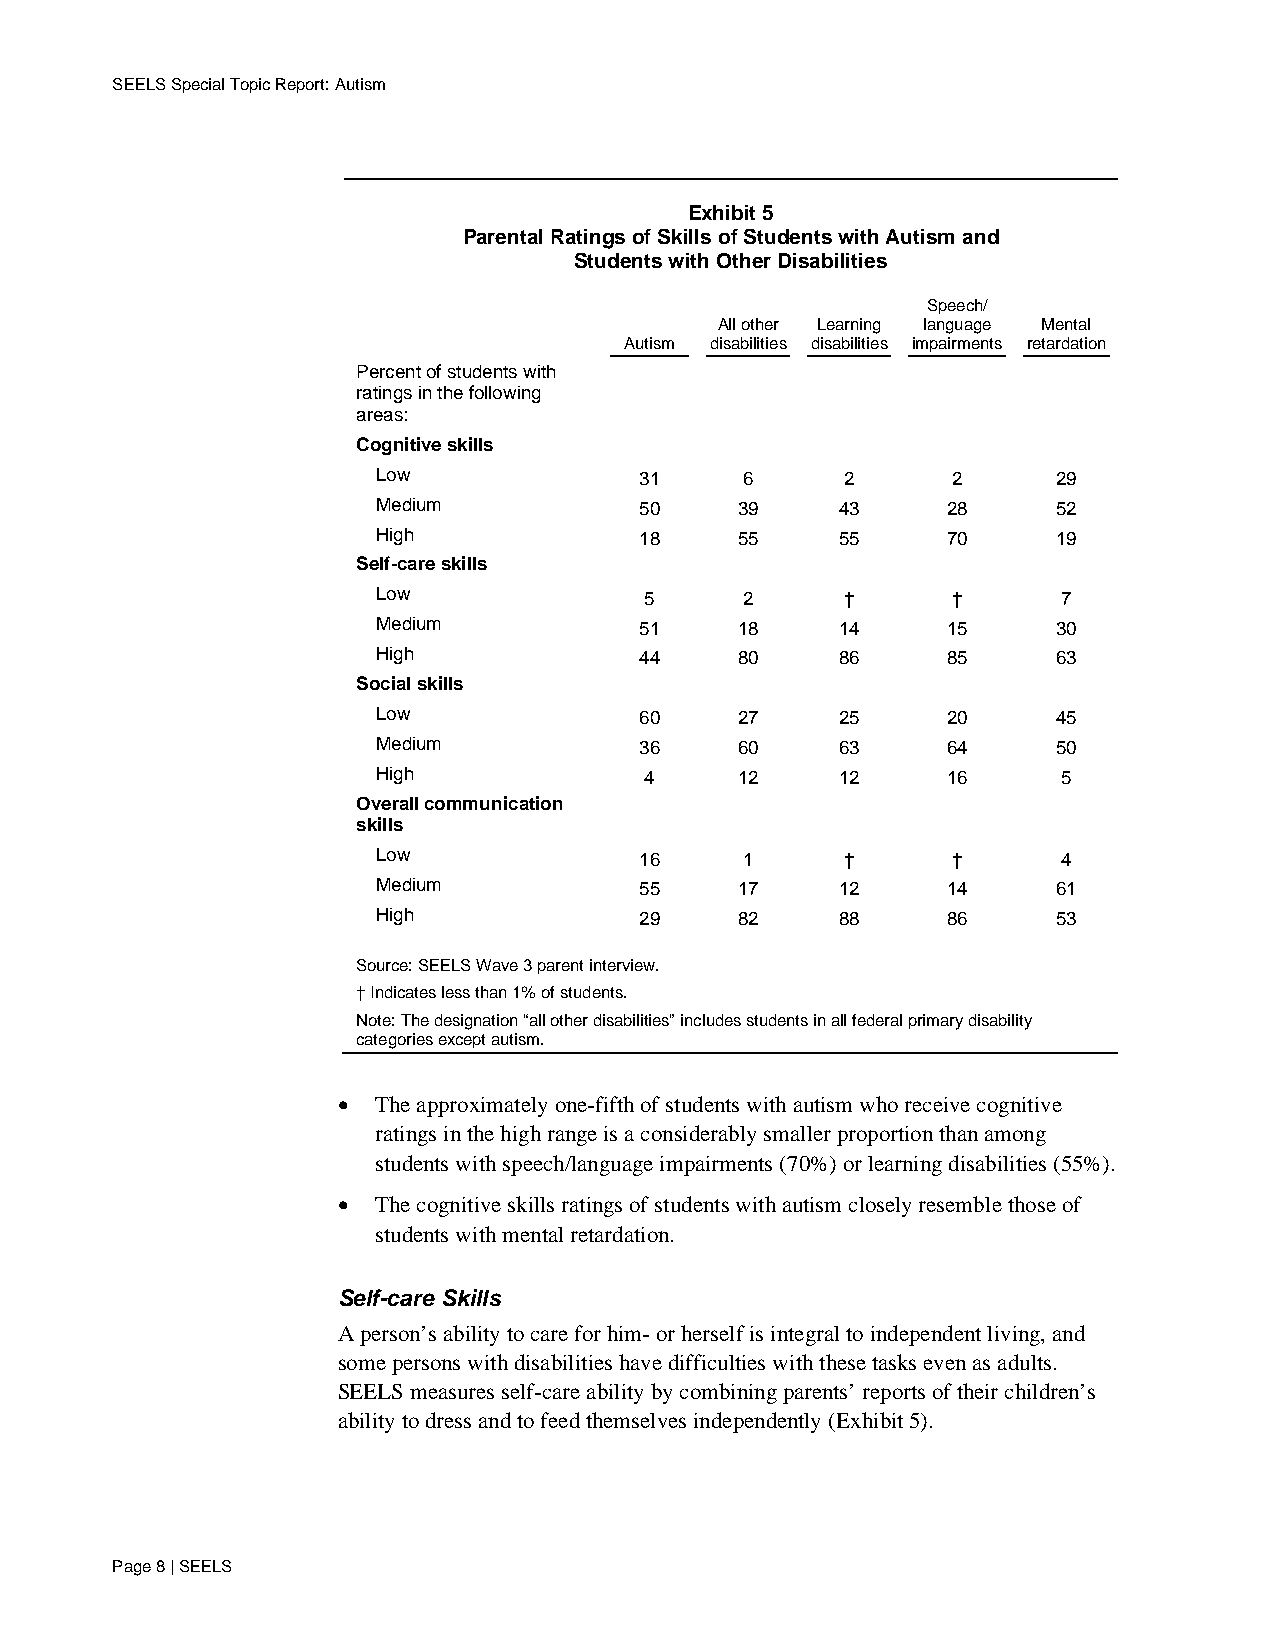
SEELS Special Topic Report: Autism
 Exhibit 5
 Parental Ratings of Skills of Students with Autism and
 Students with Other Disabilities
 Speech/
 All other Learning language Mental
 Autism disabilities disabilities impairments retardation
 Percent of students with
 ratings in the following
 areas:
 Cognitive skills
 Low              31     6      2      2      29
 Medium           50     39     43     28     52
 High             18     55     55     70     19
 Self-care skills
 Low               5     2      †      †      7
 Medium           51     18     14     15     30
 High             44     80     86     85     63
 Social skills
 Low              60     27     25     20     45
 Medium           36     60     63     64     50
 High              4     12     12     16     5
 Overall communication
 skills
 Low              16     1      †      †      4
 Medium           55     17     12     14     61
 High             29     82     88     86     53
 Source: SEELS Wave 3 parent interview.
 † Indicates less than 1% of students.
 Note: The designation “all other disabilities” includes students in all federal primary disability
 categories except autism.
 •  The approximately one-fifth of students with autism who receive cognitive
 ratings in the high range is a considerably smaller proportion than among
 students with speech/language impairments (70%) or learning disabilities (55%).
 •  The cognitive skills ratings of students with autism closely resemble those of
 students with mental retardation.
 Self-care Skills
 A person’s ability to care for him- or herself is integral to independent living, and
 some persons with disabilities have difficulties with these tasks even as adults.
 SEELS measures self-care ability by combining parents’ reports of their children’s
 ability to dress and to feed themselves independently (Exhibit 5).
 Page 8 | SEELS